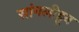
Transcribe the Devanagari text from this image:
सांगलीहून